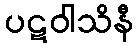
ပဋဝါသိနီ